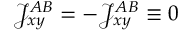
\mathcal { J } _ { x y } ^ { A B } = - \mathcal { J } _ { x y } ^ { A B } \equiv 0